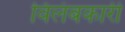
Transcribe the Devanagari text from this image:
विलंबकारी